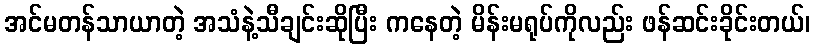
အင်မတန်သာယာတဲ့ အသံနဲ့သီချင်းဆိုပြီး ကနေတဲ့ မိန်းမရုပ်ကိုလည်း ဖန်ဆင်းခိုင်းတယ်၊